Madras plague regulations and rules - Volume 2
Disease focus: Plague
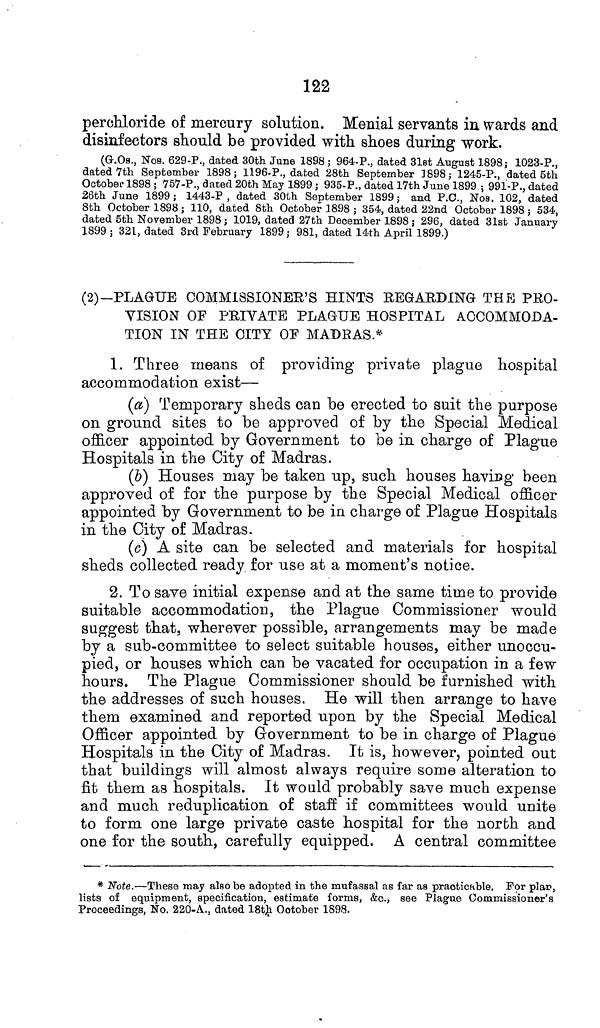
122
perchloride of mercury solution. Menial servants in wards and
disinfectors should be provided with shoes during work.
(G-.Os., Nos. 629-P., dated 30th June 1898 ; 964-P., dated 31st August 1898; 1023-P.,
dated 7th September 1898; 1196-P., dated 28th September 1898; 1245-P., dated 5th
October 1898 ; 757-P., dated 20th May 1899 ; 935-P., dated 17th June 1899 ; 991-P., dated
26th June 1899 ; 1443-P , dated 30th September 1899 ; and P.O., NOB. 102, dated
8th October 1898 ; 110, dated 8th October 1898 ; 354, dated 22nd October 1898 ; 534,
dated 5th November 1898 ; 1019, dated 27th December 1898 ; 296, dated 31st January
1899 ; 321, dated 3rd February 1899 ; 981, dated 14th April 1899.)
(2)—PLAGUE COMMISSIONER'S HINTS REGARDING THE PRO-
VISION OF PRIVATE PLAGUE HOSPITAL ACCOMMODA-
TION IN THE CITY OF MADRAS.*
1. Three means of providing private plague hospital
accommodation exist—
(a) Temporary sheds can be erected to suit the purpose
on ground sites to be approved of by the Special Medical
officer appointed by Government to be in charge of Plague
Hospitals in the City of Madras.
(b) Houses may be taken up, such houses having been
approved of for the purpose by the Special Medical officer
appointed by Government to be in charge of Plague Hospitals
in the City of Madras.
(c) A site can be selected and materials for hospital
sheds collected ready for use at a moment's notice.
2. To save initial expense and at the same time to provide
suitable accommodation, the Plague Commissioner would
suggest that, wherever possible, arrangements may be made
by a sub-committee to select suitable houses, either unoccu-
pied, or houses which can be vacated for occupation in a few
hours. The Plague Commissioner should be furnished with
the addresses of such houses. He will then arrange to have
them examined and reported upon by the Special Medical
Officer appointed by Government to be in charge of Plague
Hospitals in the City of Madras. It is, however, pointed out
that buildings will almost always require some alteration to
fit them as hospitals. It would probably save much expense
and much reduplication of staff if committees would unite
to form one large private caste hospital for the north and
one for the south, carefully equipped. A central committee
* Note.—These may also be adopted in the mufassal as far as practicable. For plar,
lists of equipment, specification, estimate forms, &c., see Plague Commissioner's
Proceedings, No. 220-A., dated 18th October 1898.